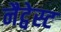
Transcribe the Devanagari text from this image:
नैट्वेस्ट